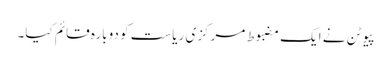
پیوٹن نے ایک مضبوط مرکزی ریاست کو دوبارہ قائم کیا۔